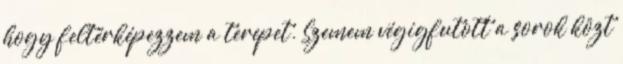
hogy feltérképezzem a terepet. Szemem végigfutott a sorok közt